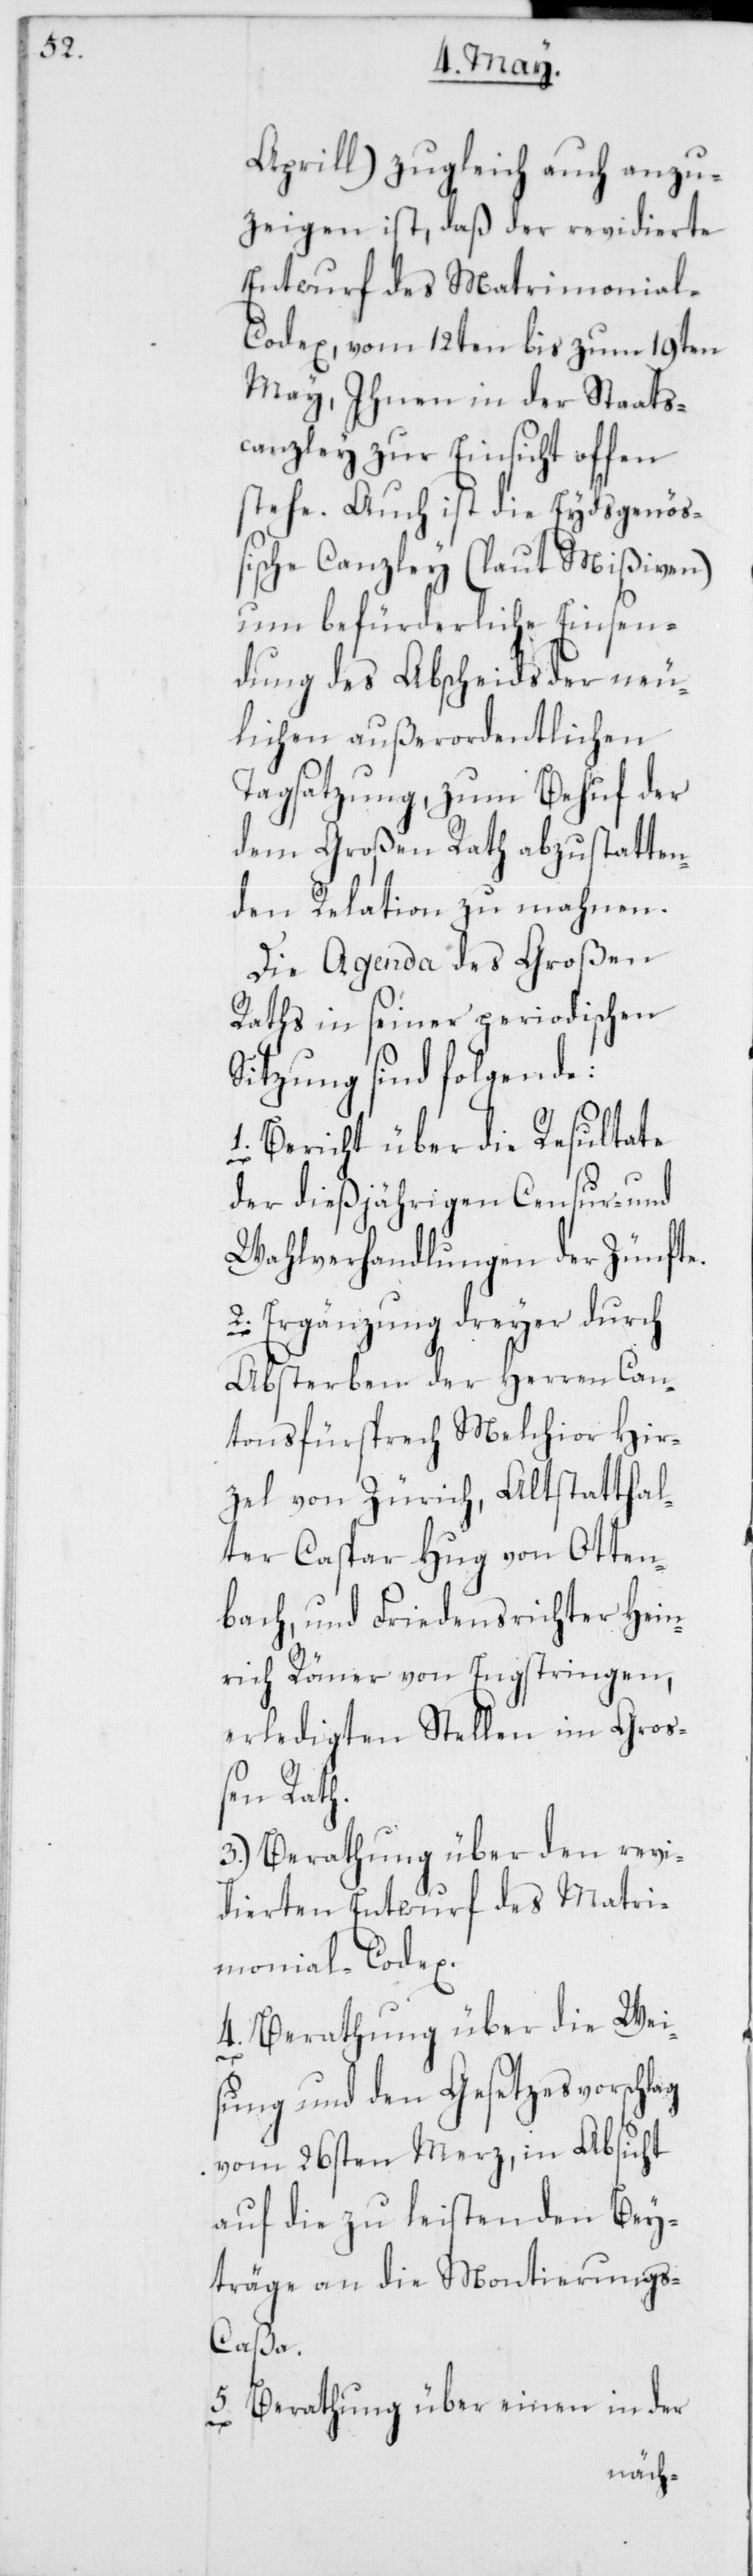
Aprill) zugleich auch anzu¬
zeigen ist, daß der revidierte
Entwurf des Matrimonia¬
l-Codex, vom 12ten bis zum 19ten
May, Ihnen in der Staats¬
canzley zur Einsicht offen
stehe. Auch ist die Eydsgenöß¬
ische Canzley (laut Mißiven)
um befürderliche Einsen¬
dung des Abscheids der neu¬
lichen außerordentlichen
Tagsatzung, zum Behuf der
dem Großen Rath abzustatten¬
den Relation zu mahnen.
Die Agenda des Großen
Raths in seiner periodischen
Sitzung sind folgende:
1. Bericht über die Resultate
der dießjährigen Censur- und
Wahlverhandlungen der Zünfte.
2. Ergänzung dreyer durch
Absterben der Herren Can¬
tonsfürsprech Melchior Hir¬
zel von Zürich, Altstatthal¬
ter Caspar Hug von Otten¬
bach, und Friedensrichter Hein¬
rich Römer von Engstringen,
erledigten Stellen im Gro¬
ßen Rath.
3. Berathung über den revi¬
dierten Entwurf des Matri¬
monial-Codex.
4. Berathung über die Wei¬
sung und den Gesetzesvorschlag
vom 26sten Merz, in Absicht
auf die zu leistenden Bey¬
träge an die Montierung¬
s-Caßa.
5. Berathung über einen in der